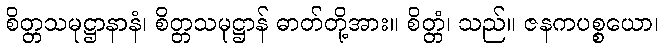
စိတ္တသမုဋ္ဌာနာနံ၊ စိတ္တသမုဋ္ဌာန် ဓာတ်တို့အား။ စိတ္တံ၊ သည်။ ဇနကပစ္စယော၊